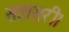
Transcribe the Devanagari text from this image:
सातसरी।